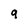
Character: 9